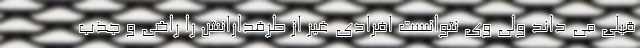
قبلی می داند ولی وی نتوانست افرادی غیر از طرفدارانش را راضی و جذب